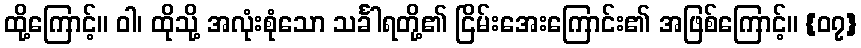
ထို့ကြောင့်။ ဝါ၊ ထိုသို့ အလုံးစုံသော သင်္ခါရတို့၏ ငြိမ်းအေးကြောင်း၏ အဖြစ်ကြောင့်။ {၀၇}